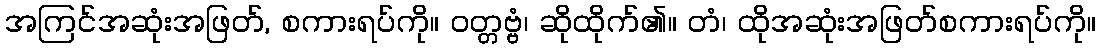
အကြင်အဆုံးအဖြတ်, စကားရပ်ကို။ ဝတ္တဗ္ဗံ၊ ဆိုထိုက်၏။ တံ၊ ထိုအဆုံးအဖြတ်စကားရပ်ကို။